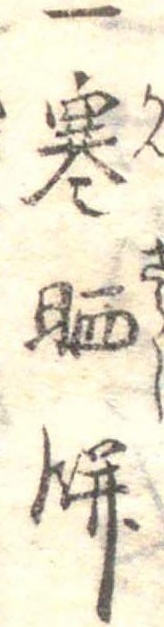
一寒晒餅